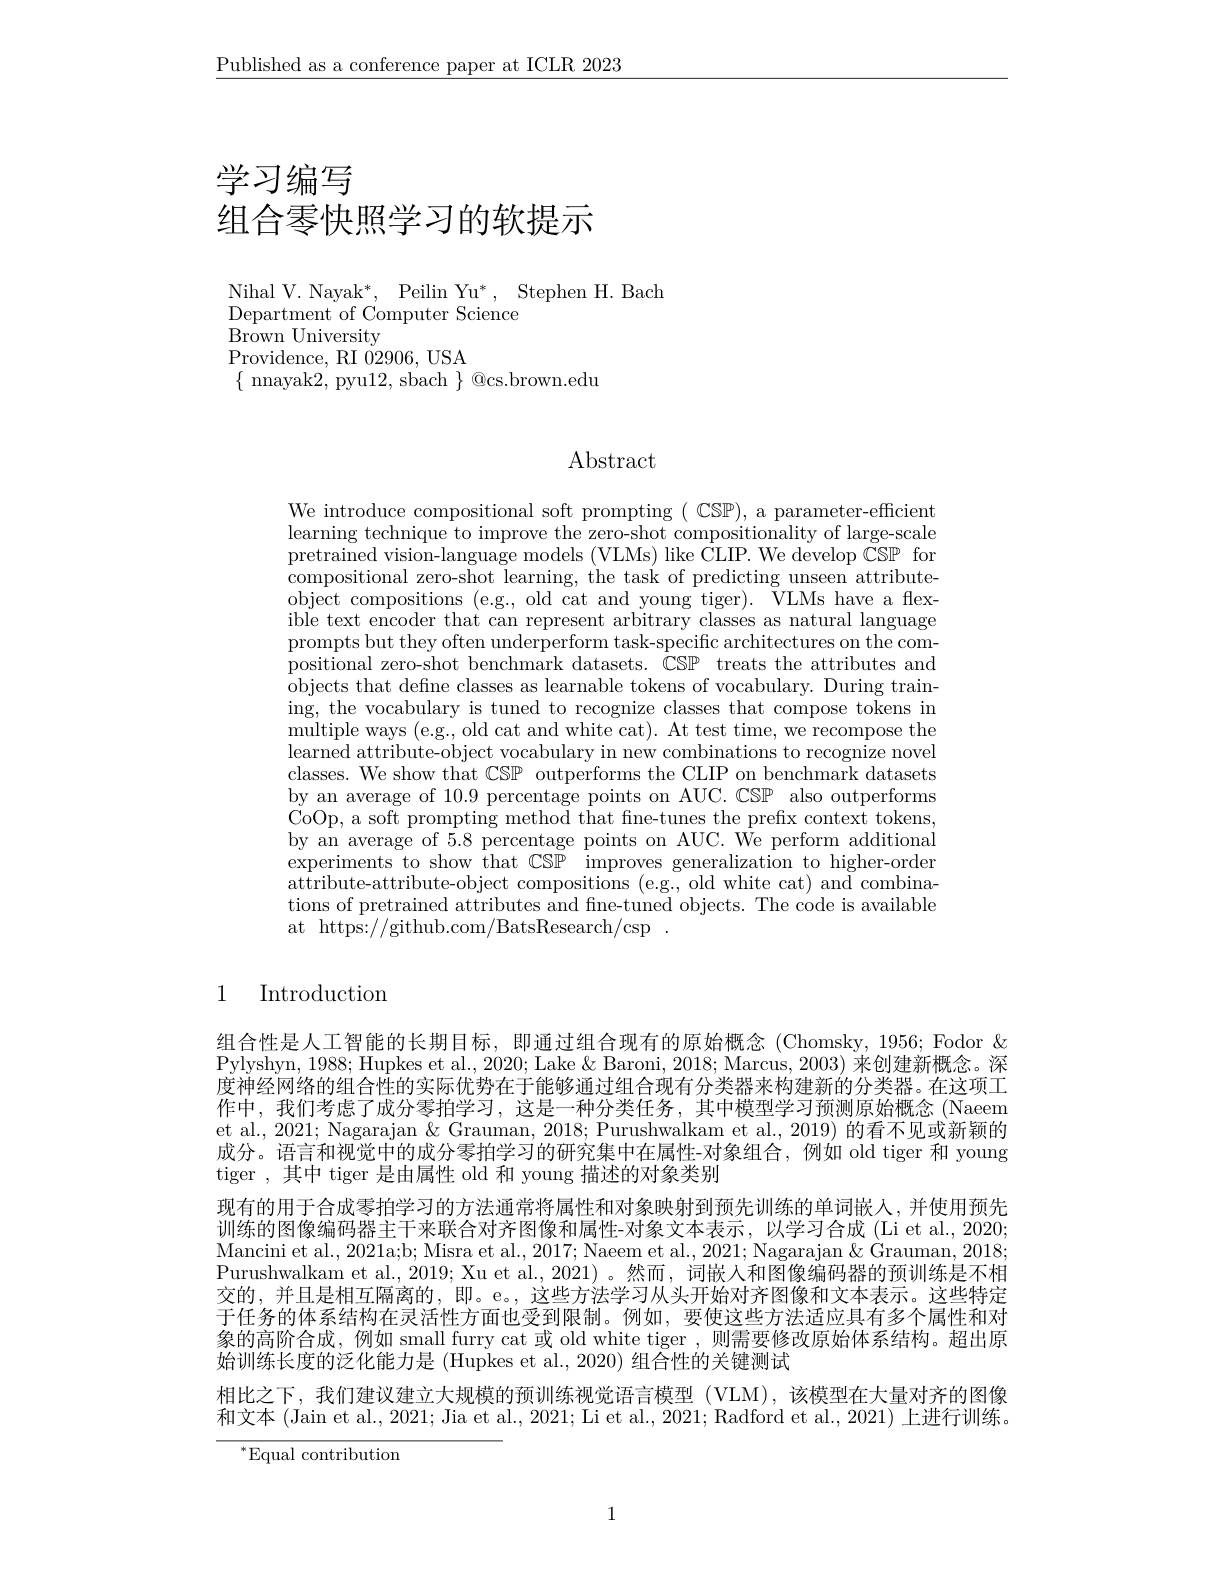
$\underline{\text{Published as a conference paper at ICLR 2023}}$

# 学习编写
组合零快照学习的软提示

Nihal V. Nayak*, Peilin Yu*, Stephen H. Bach
Department of Computer Science
$\tilde{\mathrm{Brown~University}}$
Providence, RI 02906, USA
$\{$ nnayak2, pyu12, sbach $\}$ @cs.brown.edu

## Abstract

We introduce compositional soft prompting ( CSP), a parameter-efficient learning technique to improve the zero-shot compositionality of large-scale pretrained vision-language models (VLMs) like CLIP. We develop CSP for compositional zero-shot learning, the task of predicting unseen attributeobject compositions (e.g., old cat and young tiger). VLMs have a flexible text encoder that can represent arbitrary classes as natural language prompts but they often underperform task-specific architectures on the compositional zero-shot benchmark datasets. $\dot{\mathbb{C}}\mathbb{SP}$ treats the attributes and objects that define classes as learnable tokens of vocabulary. During training, the vocabulary is tuned to recognize classes that compose tokens in multiple ways (e.g., old cat and white cat). At test time, we recompose the learned attribute-object vocabulary in new combinations to recognize novel classes. We show that CSP outperforms the CLIP on benchmark datasets by an average of 10.9 percentage points on AUC. CSP also outperforms CoOp, a soft prompting method that fine-tunes the prefix context tokens, by an average of 5.8 percentage points on AUC. We perform additional experiments to show that CSP improves generalization to higher-order attribute-attribute-object compositions (e.g., old white cat) and combinations of pretrained attributes and fine-tuned objects. The code is available at https://github.com/BatsResearch/csp.

## 1 Introduction

组合性是人工智能的长期目标，即通过组合现有的原始概念(Chomsky, 1956; Fodor & Pylyshyn, 1988; Hupkes et al., 2020; Lake & Baroni, 2018; Marcus, 2003) 来创建新概念。深度神经网络的组合性的实际优势在于能够通过组合现有分类器来构建新的分类器。在这项工作中，我们考虑了成分零拍学习，这是一种分类任务，其中模型学习预测原始概念(Naeem et al., 2021; Nagarajan & Grauman, 2018; Purushwalkam et al., 2019) 的看不见或新颖的成分。语言和视觉中的成分零拍学习的研究集中在属性-对象组合，例如 old tiger 和 young tiger ,其中 tiger 是由属性 old 和 young 描述的对象类别
现有的用于合成零拍学习的方法通常将属性和对象映射到预先训练的单词嵌人，并使用预先训练的图像编码器主干来联合对齐图像和属性-对象文本表示，以学习合成 (Li et al., 2020; Mancini et al., 2021a;b; Misra et al., 2017; Naeem et al., 2021; Nagarajan & Grauman, 2018; Purushwalkam et al., 2019; Xu et al., 2021) 。然而，词嵌人和图像编码器的预训练是不相交的，并且是相互隔离的，即。e。,这些方法学习从头开始对齐图像和文本表示。这些特定于任务的体系结构在灵活性方面也受到限制。例如，要使这些方法适应具有多个属性和对象的高阶合成，例如 small furry cat 或 old white tiger ,则需要修改原始体系结构。超出原始训练长度的泛化能力是 (Hupkes et al., 2020) 组合性的关键测试
相比之下，我们建议建立大规模的预训练视觉语言模型(VLM),该模型在大量对齐的图像和文本 (Jain et al., 2021; Jia et al., 2021; Li et al., 2021; Radford et al., 2021) 上进行训练。

$^{*}$Equal contribution

1